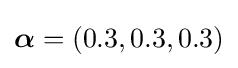
{\boldsymbol {\alpha }}=(0.3,0.3,0.3)